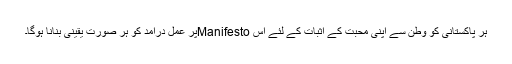
ہر پاکستانی کو وطن سے اپنی محبت کے اثبات کے لئے اس Manifestoپر عمل درآمد کو ہر صورت یقینی بنانا ہوگا۔